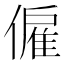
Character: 僱